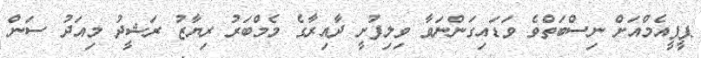
ޕީޕީއެމްއަށް ނިސްބަތްވެ ވަޑައިގަންނަވާ ވިލިފުށީ ދާއިރާގެ މެމްބަރު ރިޔާޒު ރަޝީދު މިއަދު ސަން